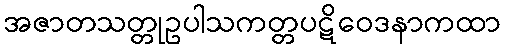
အဇာတသတ္တုဥပါသကတ္တပဋိဝေဒနာကထာ